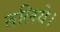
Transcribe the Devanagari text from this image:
तलिये।